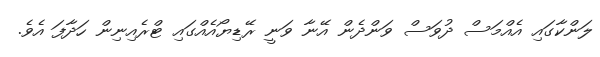
ލަންކާގައި އެއްމަސް ދުވަސް ވަންދެން އޭނާ ވަނީ ރޭޑިޔޯއެއްގައި ޓްރެއިނިން ހަދާފަ އެވެ.